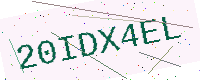
Text: 20IDX4EL